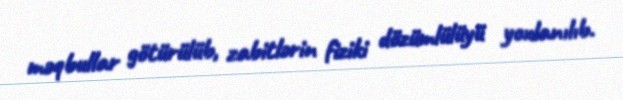
məqbullar götürülüb, zabitlərin fiziki dözümlülüyü yoxlanılıb.